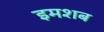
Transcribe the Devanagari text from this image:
इमशब